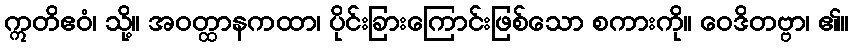
ဣတိဧဝံ၊ သို့။ အဝတ္ထာနကထာ၊ ပိုင်းခြားကြောင်းဖြစ်သော စကားကို။ ဝေဒိတဗ္ဗာ၊ ၏။